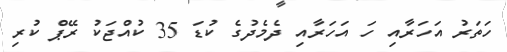
ހަތަރު އަހަރާއި ހަ އަހަރާއި ދެމެދުގެ ކުޑަ 35 ކުއްޖަކު ރޭޕް ކުރި